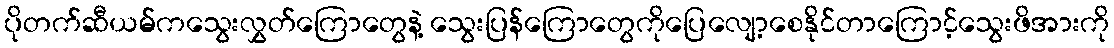
ပိုတက်ဆီယမ်ကသွေးလွှတ်ကြောတွေနဲ့ သွေးပြန်ကြောတွေကိုပြေလျော့စေနိုင်တာကြောင့်သွေးဖိအားကို